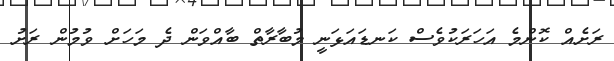
ރަށެއް ކޮންމެ އަހަރަކުވެސް ކަނޑައަޅަނީ މުބާރާތް ބާއްވަން ދެ މަހަށް ވުމުން ރަށު